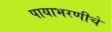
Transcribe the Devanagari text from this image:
पायाभरणीचे